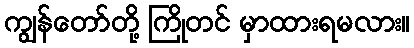
ကျွန်တော်တို့ ကြိုတင် မှာထားရမလား။